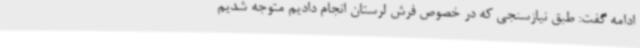
ادامه گفت: طبق نیازسنجی که در خصوص فرش لرستان انجام دادیم متوجه شدیم